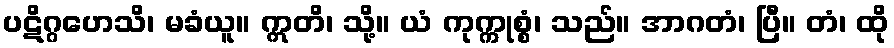
ပဋိဂ္ဂဟေသိ၊ မခံယူ။ ဣတိ၊ သို့။ ယံ ကုက္ကုစ္စံ၊ သည်။ အာဂတံ၊ ပြီ။ တံ၊ ထို